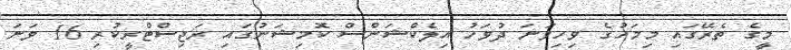
މީގެ ތެރޭގައި މިމަހުގެ ވިހިވަނަ ދުވަހު އިލެކްޝަންސް ކޮމިޝަނުގައި ރަޖިސްޓްރީކުރި 16 ވަނަ